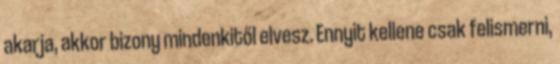
akarja, akkor bizony mindenkitől elvesz. Ennyit kellene csak felismerni,